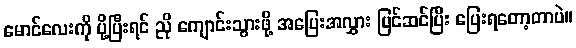
မောင်လေးကို ပို့ပြီးရင် ညို ကျောင်းသွားဖို့ အပြေးအလွှား ပြင်ဆင်ပြီး ပြေးရတော့တာပဲ။